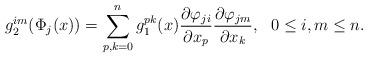
LaTeX: \begin{align*}g_2^{im}(\Phi_j(x))=\sum_{p,k=0}^ng_1^{pk}(x)\frac{\partial\varphi_{ji}}{\partial x_p}\frac{\partial\varphi_{jm}}{\partial x_k},\ \ 0\leq i,m\leq n.\end{align*}